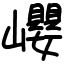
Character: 巊